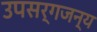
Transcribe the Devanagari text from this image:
उपसर्गजन्य